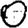
Digit: 0